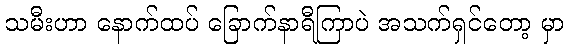
သမီးဟာ နောက်ထပ် ခြောက်နာရီကြာပဲ အသက်ရှင်တော့ မှာ